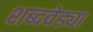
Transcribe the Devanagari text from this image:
शब्दवेड्या